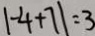
\vert - 4 + 7 \vert = 3